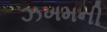
ઝખમની